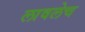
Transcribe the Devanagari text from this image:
लावलेच